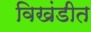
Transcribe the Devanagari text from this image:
विखंडीत